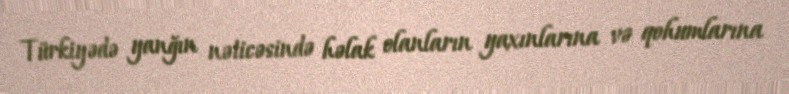
Türkiyədə yanğın nəticəsində həlak olanların yaxınlarına və qohumlarına